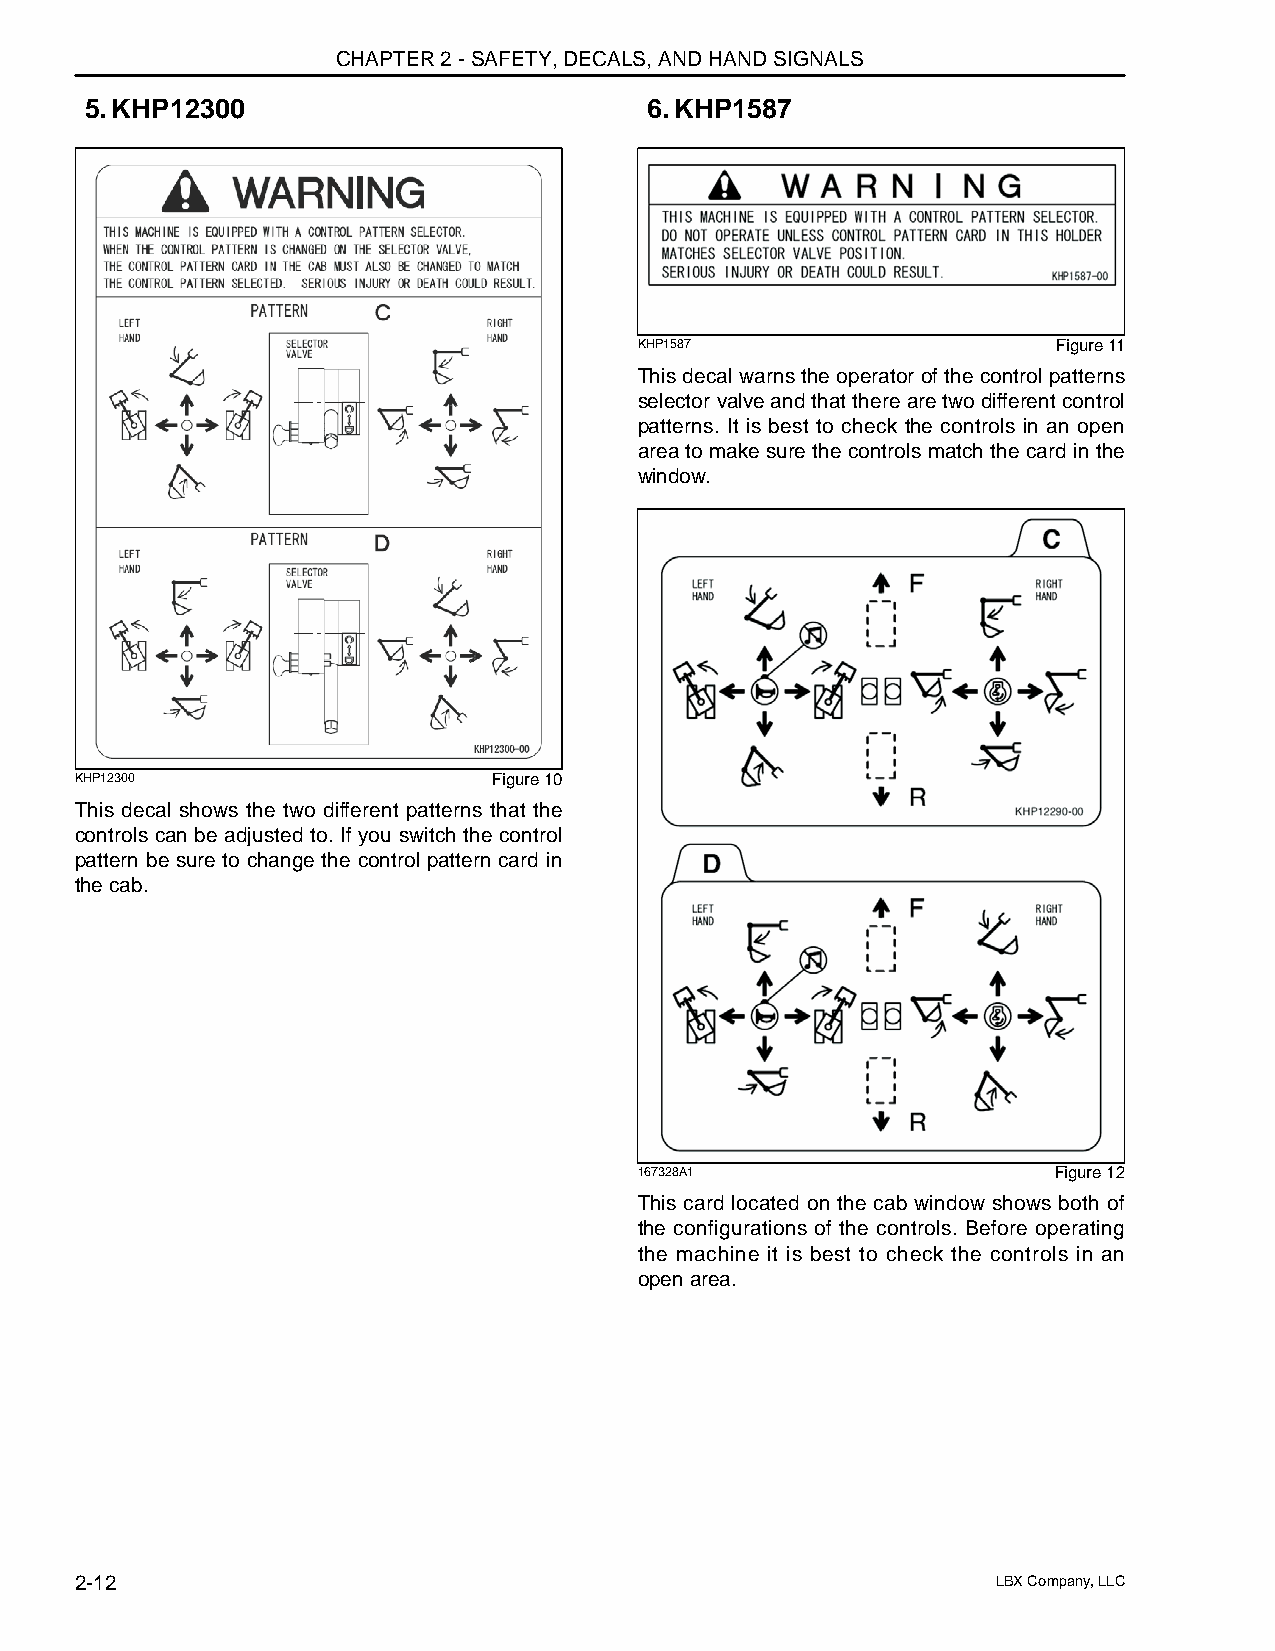
CHAPTER 2 - SAFETY, DECALS, AND HAND SIGNALS
 5.KHP12300                           6.KHP1587
 KHP1587                     Figure 11
 This decal warns the operator of the control patterns
 selector valve and that there are two different control
 patterns. It is best to check the controls in an open
 area to make sure the controls match the card in the
 window.
 KHP12300                    Figure 10
 This decal shows the two different patterns that the
 controls can be adjusted to. If you switch the control
 pattern be sure to change the control pattern card in
 the cab.
 167328A1                    Figure 12
 This card located on the cab window shows both of
 the configurations of the controls. Before operating
 the machine it is best to check the controls in an
 open area.
 2-12                                                         LBX Company, LLC